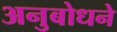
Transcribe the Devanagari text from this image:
अनुबोधने